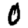
Digit: 0